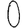
Digit: 0